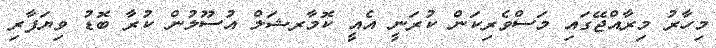
މިހާރު މިރާއްޖޭގައި މަސްވެރިކަން ކުރަނީ އެއީ ކޮމާރޝަލް އުސޫލުން ކުރާ ބޮޑު ވިޔަފާރި